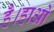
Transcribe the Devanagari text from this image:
है।हाओ